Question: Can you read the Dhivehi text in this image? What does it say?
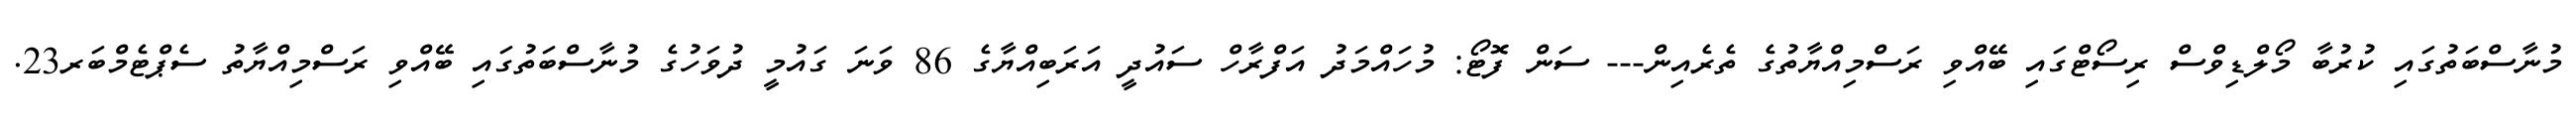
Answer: މުނާސްބަތުގައި ކުރުބާ މޯލްޑިވްސް ރިސޯޓްގައި ބޭއްވި ރަސްމިއްޔާތުގެ ތެރެއިން--- ސަން ފޮޓޯ: މުހައްމަދު އަފްރާހް ސައުދީ އަރަބިއްޔާގެ 86 ވަނަ ގައުމީ ދުވަހުގެ މުނާސްބަތުގައި ބޭއްވި ރަސްމިއްޔާތު ސެޕްޓެމްބަރ23.